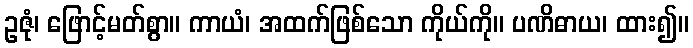
ဥဇုံ၊ ဖြောင့်မတ်စွာ။ ကာယံ၊ အထက်ဖြစ်သော ကိုယ်ကို။ ပဏိဓာယ၊ ထား၍။